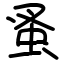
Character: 蚤